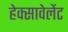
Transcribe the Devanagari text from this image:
हेक्सावेलेंट